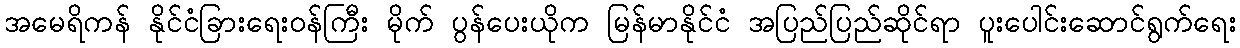
အမေရိကန် နိုင်ငံခြားရေးဝန်ကြီး မိုက် ပွန်ပေးယိုက မြန်မာနိုင်ငံ အပြည်ပြည်ဆိုင်ရာ ပူးပေါင်းဆောင်ရွက်ရေး